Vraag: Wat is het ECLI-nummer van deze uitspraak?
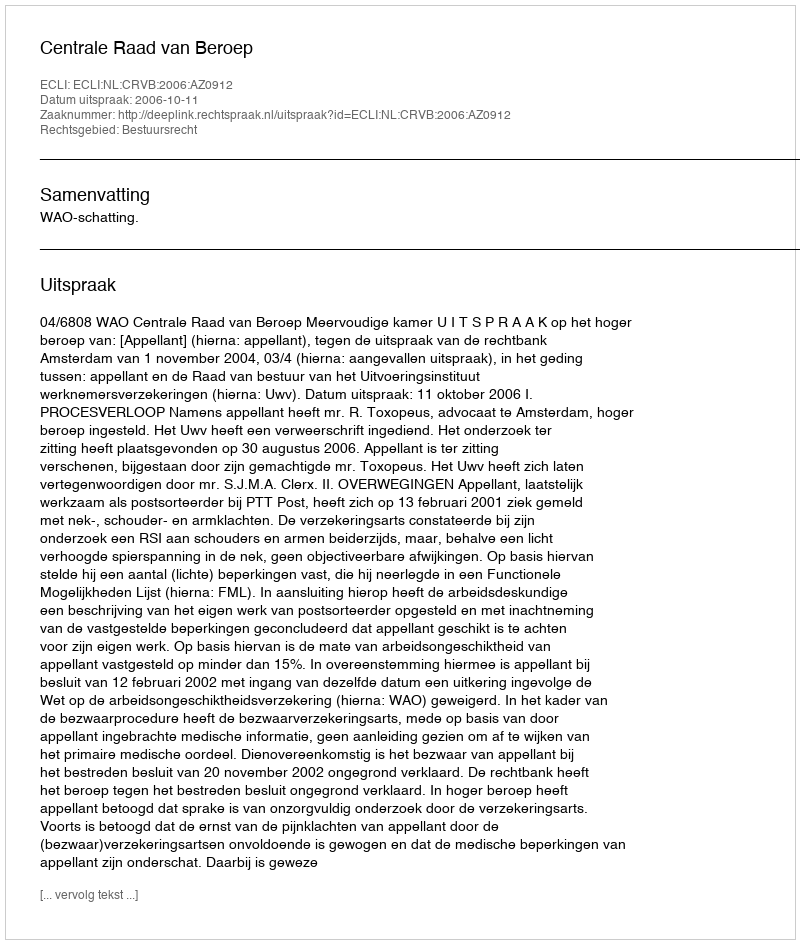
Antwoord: ECLI:NL:CRVB:2006:AZ0912